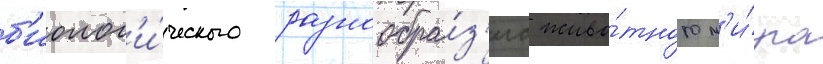
б'иолог'и́ческого разнообра́з'иа живо́тного м'и́ра